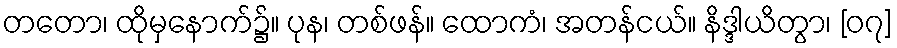
တတော၊ ထိုမှနောက်၌။ ပုန၊ တစ်ဖန်။ ထောကံ၊ အတန်ငယ်။ နိဒ္ဒါယိတွာ၊ [၀၇]